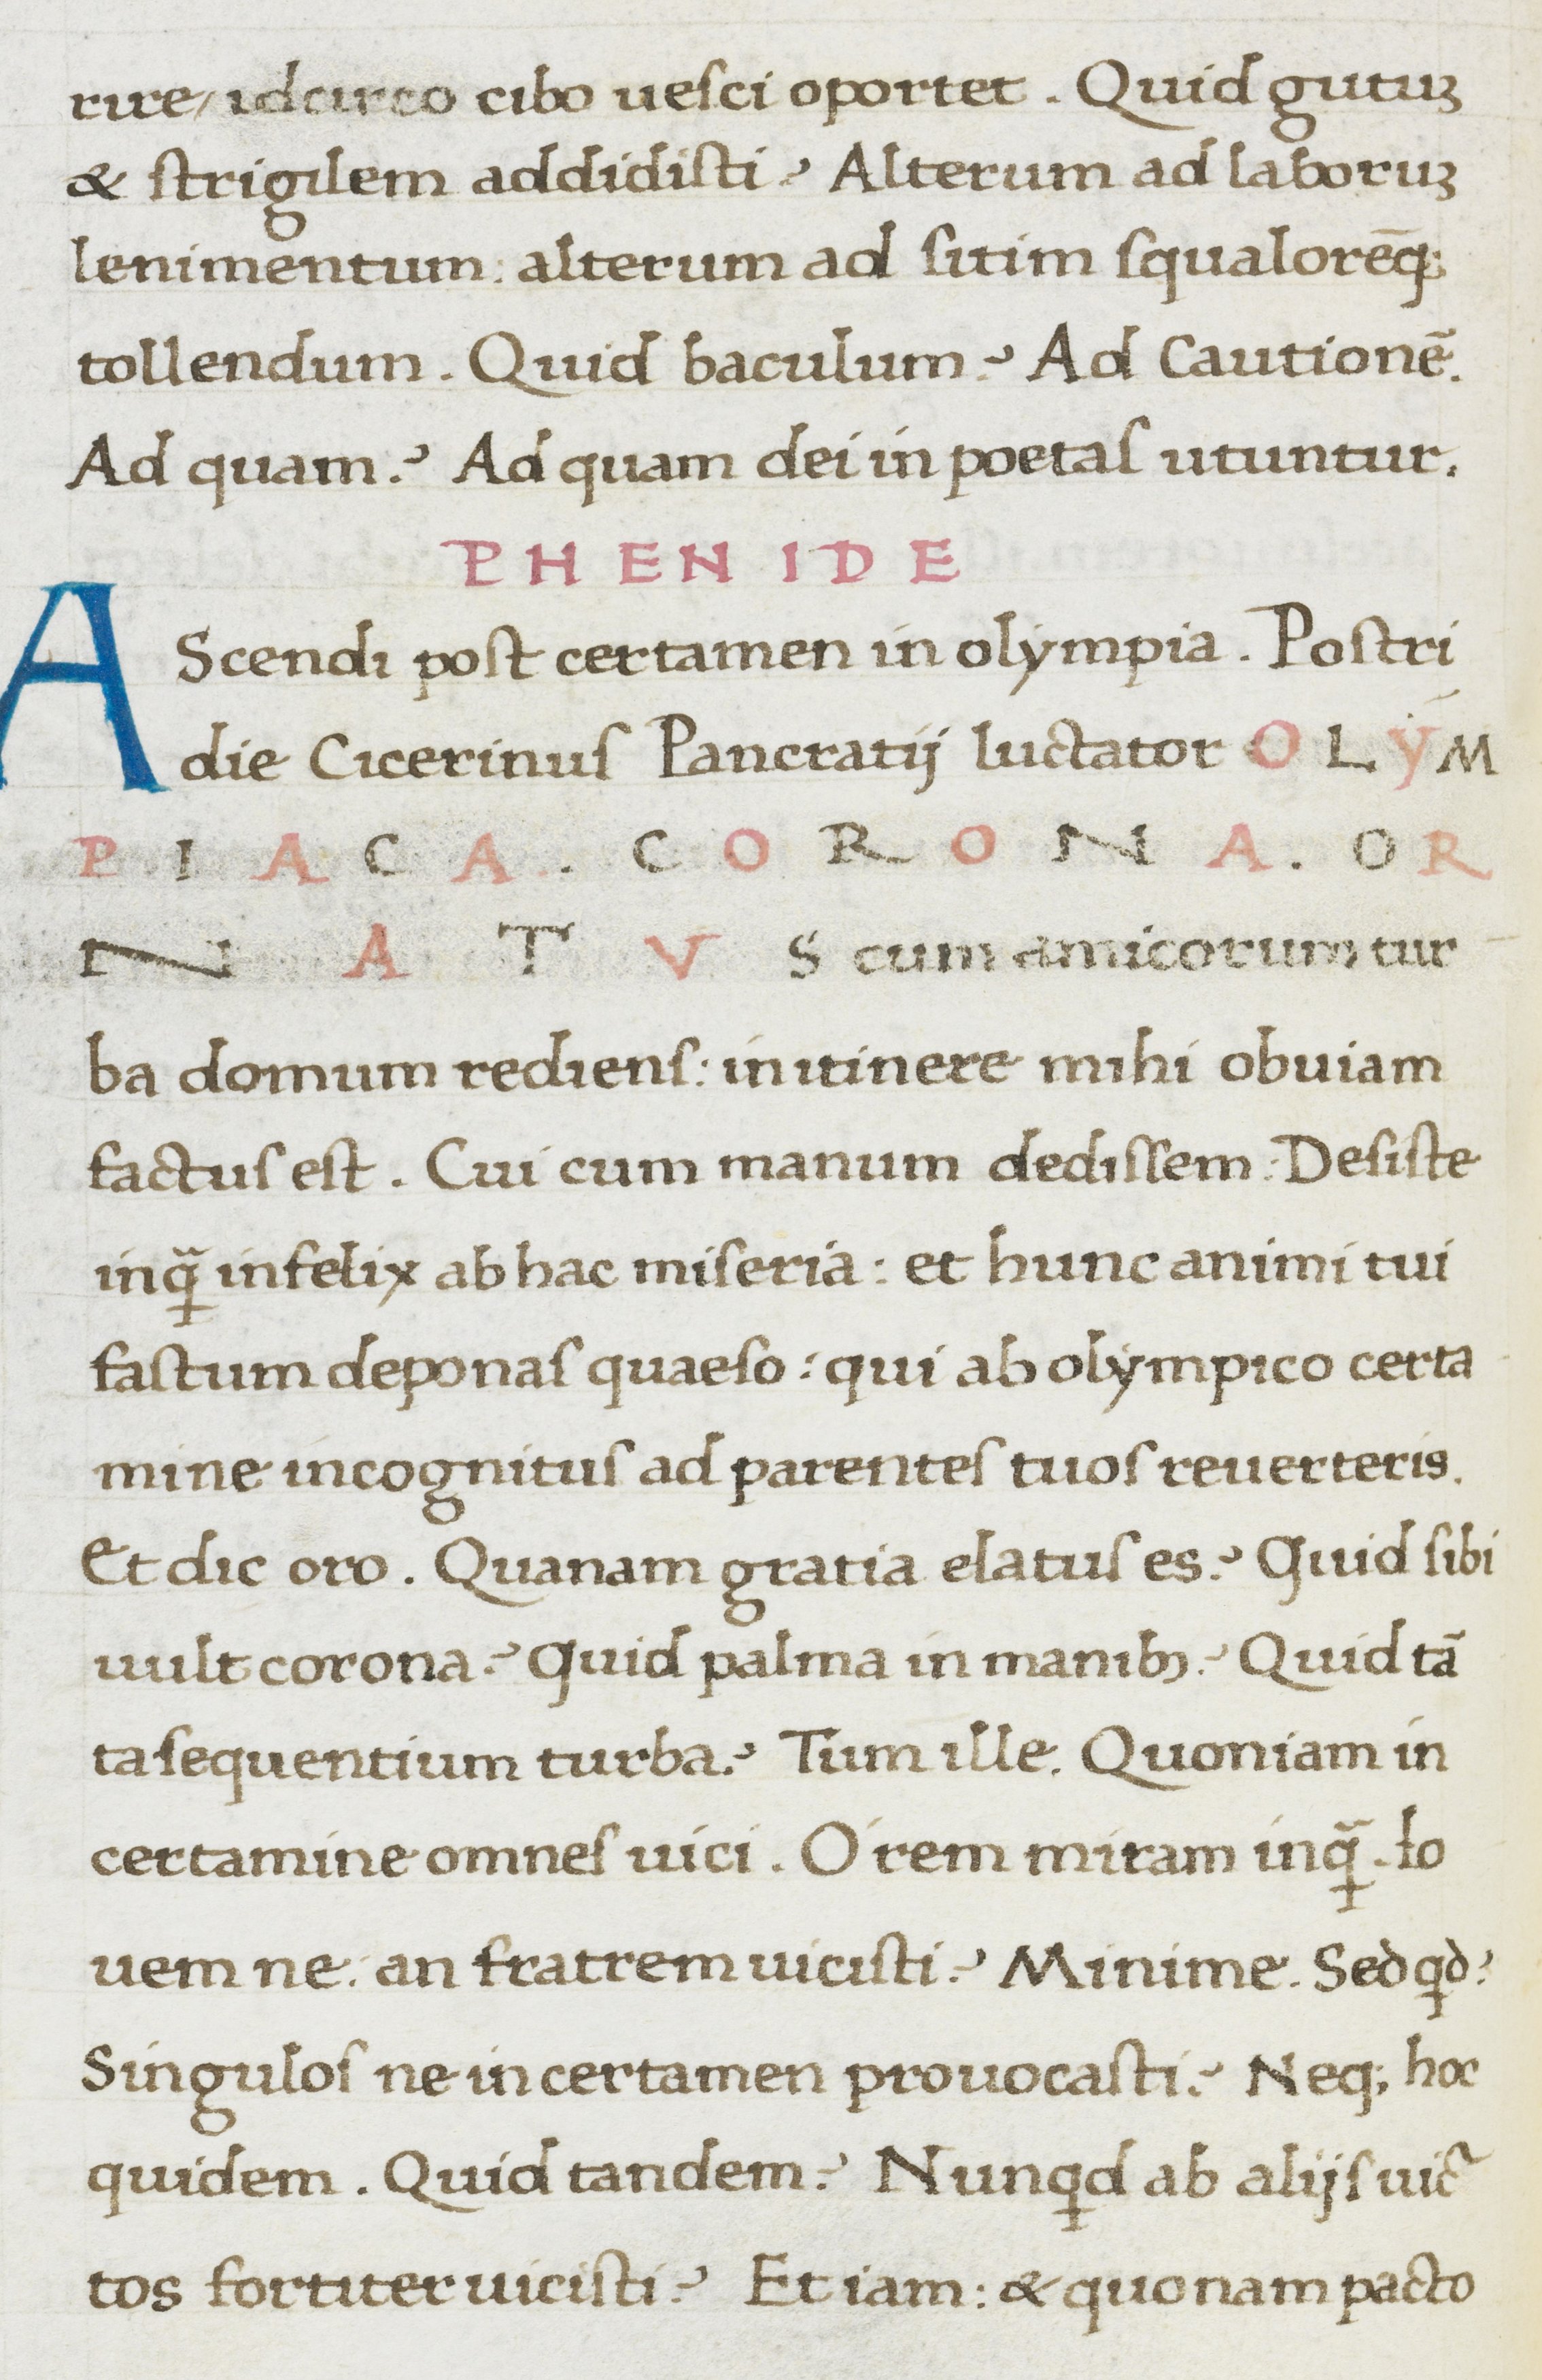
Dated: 1467–1468